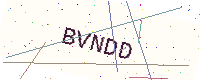
Text: BVNDD